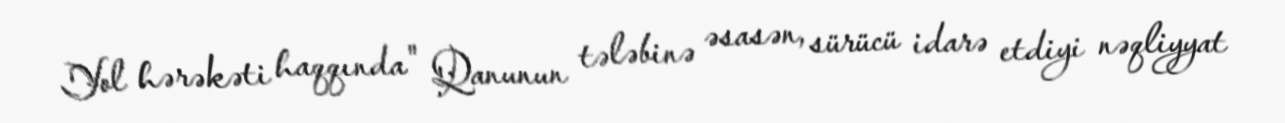
Yol hərəkəti haqqında" Qanunun tələbinə əsasən, sürücü idarə etdiyi nəqliyyat